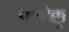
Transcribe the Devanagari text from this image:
पकोक्कू